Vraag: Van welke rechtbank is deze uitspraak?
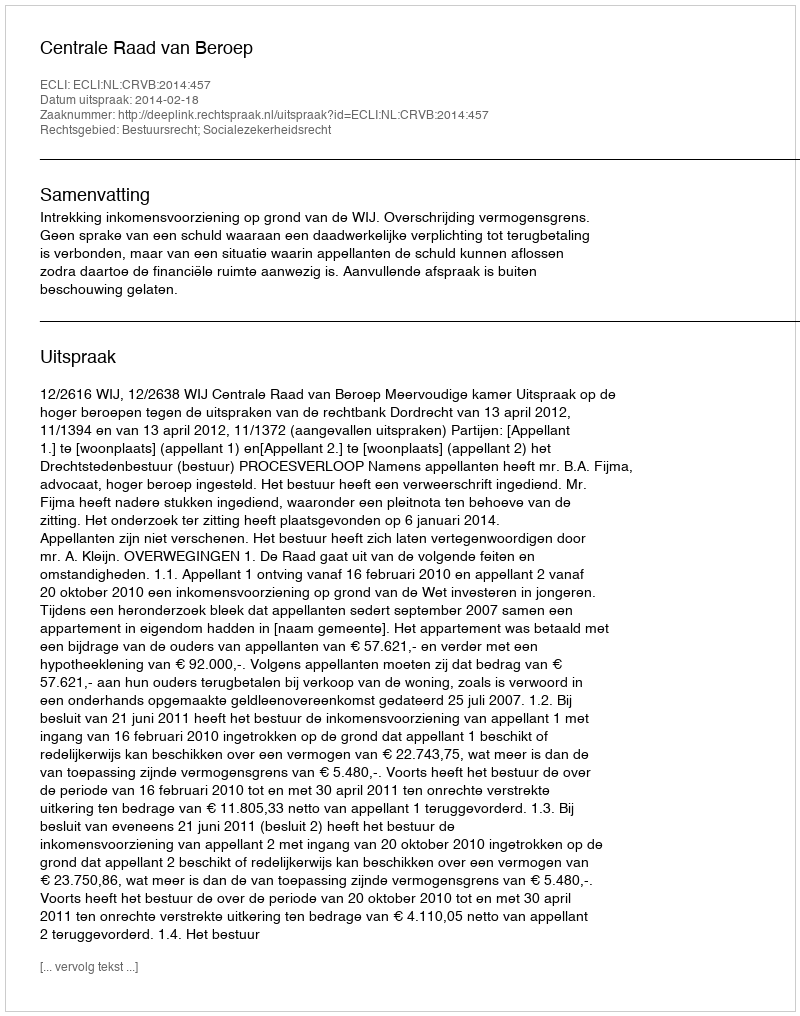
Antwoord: Centrale Raad van Beroep